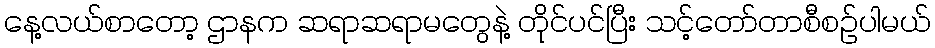
နေ့လယ်စာတော့ ဌာနက ဆရာဆရာမတွေနဲ့ တိုင်ပင်ပြီး သင့်တော်တာစီစဉ်ပါမယ်